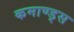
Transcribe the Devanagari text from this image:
कमाण्ड्स